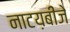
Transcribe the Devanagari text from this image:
नाटय़बीजे